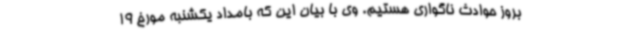
بروز حوادث ناگواری هستیم. وی با بیان این که بامداد یکشنبه مورخ 19